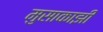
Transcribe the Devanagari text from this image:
मुसाकाझी